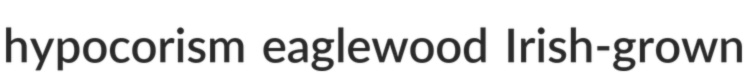
hypocorism eaglewood Irish-grown